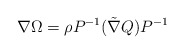
\begin{align*}\nabla \Omega = \rho P^{-1}(\tilde \nabla Q)P^{-1}\end{align*}